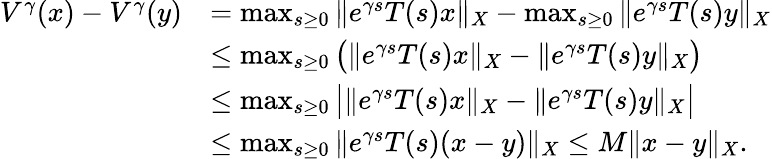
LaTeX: \begin{array}{rl}{V^{\gamma}(x)-V^{\gamma}(y)}&{=\operatorname*{max}_{s\geq 0}\| e^{\gamma s}T(s)x\| _{X}-\operatorname*{max}_{s\geq 0}\| e^{\gamma s}T(s)y\| _{X}}\\ &{\leq\operatorname*{max}_{s\geq 0}\big(\| e^{\gamma s}T(s)x\| _{X}-\| e^{\gamma s}T(s)y\| _{X}\big)}\\ &{\leq\operatorname*{max}_{s\geq 0}\big|\| e^{\gamma s}T(s)x\| _{X}-\| e^{\gamma s}T(s)y\| _{X}\big|}\\ &{\leq\operatorname*{max}_{s\geq 0}\| e^{\gamma s}T(s)(x-y)\| _{X}\leq M\| x-y\| _{X}.}\end{array}